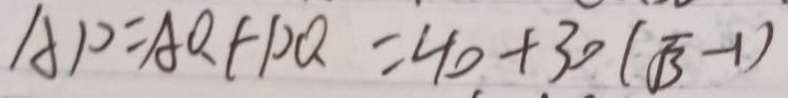
A P = A Q + D Q = 4 0 + 3 0 ( \sqrt { 3 } - 1 )